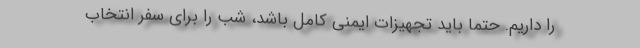
را داریم. حتما باید تجهیزات ایمنی کامل باشد، شب را برای سفر انتخاب